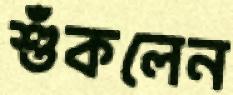
শুঁকলেন